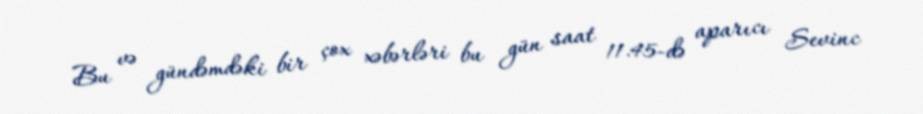
Bu və gündəmdəki bir çox xəbərləri bu gün saat 11.45-də aparıcı Sevinc